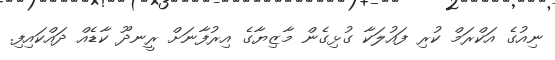
ނިއުގެ އަކްރަމް ކުރި ފައުލަކާ ގުޅިގެން މާޒިޔާގެ އިރުފާނަށް ރީނދޫ ކާޑެއް ދައްކައިފި.